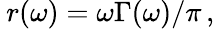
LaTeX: \: r(\omega)=\omega\Gamma(\omega)/\pi\, ,\: